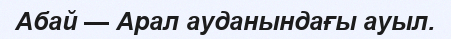
Абай — Арал ауданындағы ауыл.